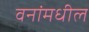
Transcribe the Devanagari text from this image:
वनांमधील